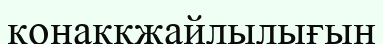
қонакқжайлылығын